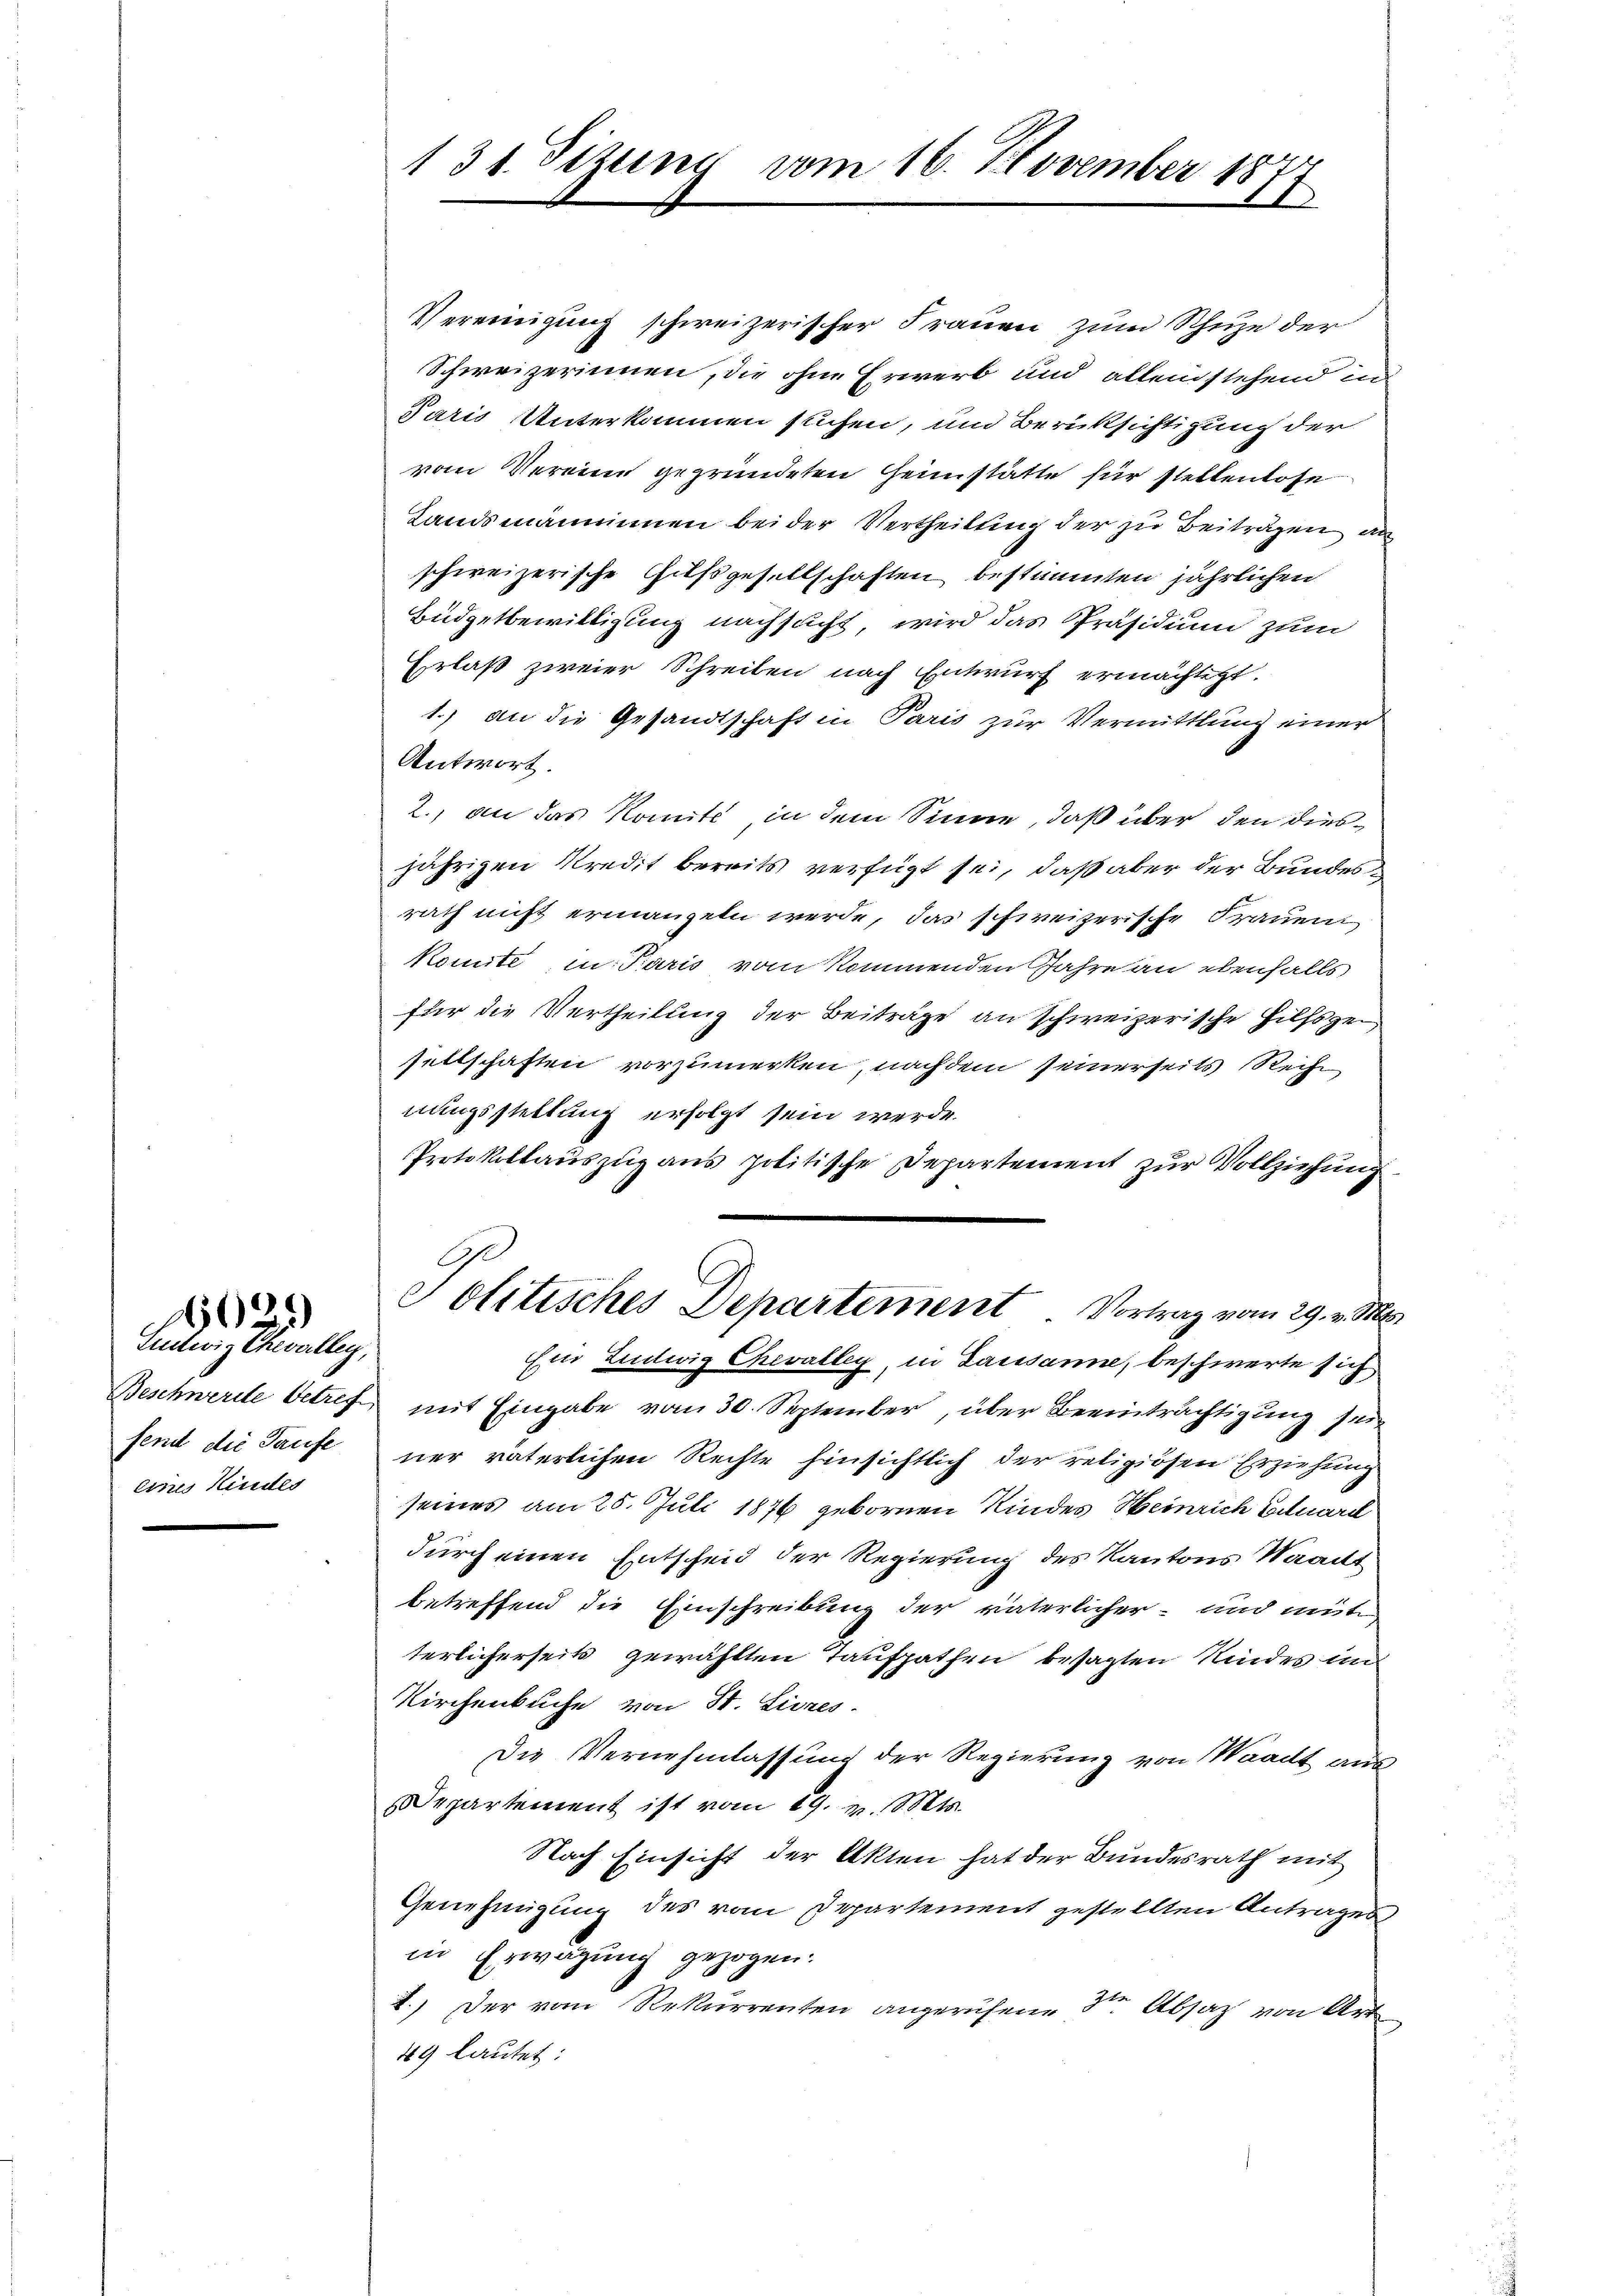
c
i
l

Suilwig Chwalley,
fend die Taufe
eines Kindes

h
131. Sizung vom 16. November 184
1

Vereinigung schweizerischer Frauen zum Schuze der
Schweizerinnen, die ohne Erwerb und allein stehend in
Paris Unterkommen suchen, und Berüksichtigung der
vom Vereine gegründeten Heimstätte für stellenlose
Landsmänninnen bei der Vertheilung der zu Beiträgen an
schweizerische Hilfsgesellschaften bestimmten jährlichen
Büdgetbewilligung nachsucht, wird das Präsidium zum
Erlaß zweier Schreiben nach Entwurf ermächtigt.
1.) an die Gesandtschaft in Paris zur Vermittlung einer
Antwort.
2., an das Komité, in dem Sinne, daß über den diesjährigen Kredit bereits verfügt sei, daß aber der Bundesrath nicht ermangeln werde, das schweizerische Frauent
konnte in Paris vom kommenden Jahre an ebenfalls
für die Vertheilung der Beiträge an schweizerische Hilfsgesettschaften vorzumerken, nachdem seinerseits Reihe
nungsstellung erfolgt sein werde.
Protokollauszug aus politische Departement zur Vollziehung
.
Politisches Departement. Vortrag vom 29. v. Mts.
Ein Ludwig Chevalleg, in Lausanne, beschwerte sich
Beschwerde betref mit Eingabe vom 30. September, über Beeinträchtigung sei
ner väterlichen Rechte hinsichtlich der religiösen Erziehung
seines am 25. Juli 1876 gebornen Kindes Heinrich Eilward
durch einen Entscheid der Regierung des Kantons Waadt
betreffend die Einschreibung der väterlicher- und mute
terlicherseits gewählten Taufpathen besagten Kindes im
Kirchenkuche von St. Livres.
Die Vernehmlassung der Regierung von Waadt aus
epartement ist vom 19. v. d. Mts.
Nach Einsicht der Akten hat der Bundesrath mit
Genehmigung des vom Departement gestellten Antrages
in Erwägung gezogen.
2.) Der vom Rekurrenten angerufene St. Absatz von Art
49 lautet: